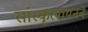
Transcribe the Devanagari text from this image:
सांस्कृत्यायनने